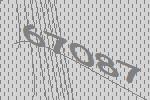
67087